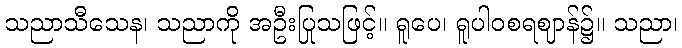
သညာသီသေန၊ သညာကို အဦးပြုသဖြင့်။ ရူပေ၊ ရူပါဝစရဈာန်၌။ သညာ၊